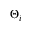
\Theta _ { i }